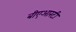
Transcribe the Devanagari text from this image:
बीएआरटी